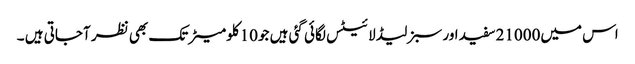
اس میں21000سفید اور سبز لیڈ لائیٹس لگائی گئی ہیں جو10کلومیٹر تک بھی نظر آجاتی ہیں ۔